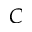
C